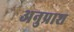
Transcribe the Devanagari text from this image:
अनुप्राश